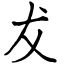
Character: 犮